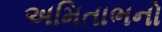
અમિતાભનો